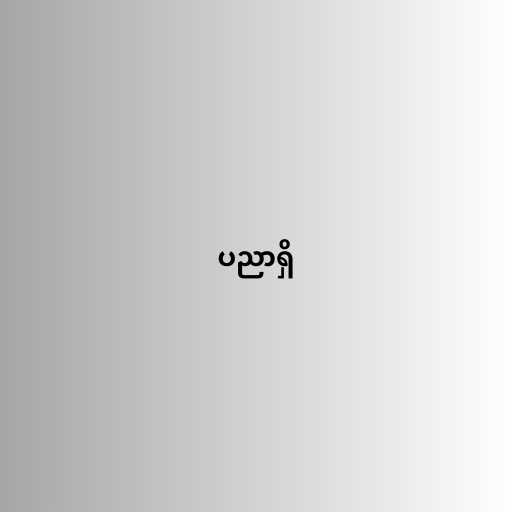
ပညာရှိ